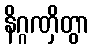
နိဂ္ဂဏှိတွာ